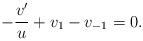
LaTeX: \begin{align*}-\frac{v'}{u}+v_1-v_{-1}=0.\end{align*}